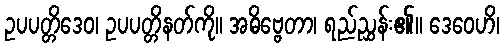
ဥပပတ္တိဒေဝ၊ ဥပပတ္တိနတ်ကို။ အဓိဗ္ဗေတာ၊ ရည်ညွှန်း၏။ ဒေဝေဟိ၊